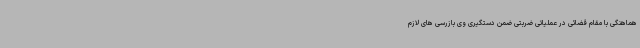
هماهنگی با مقام قضائی در عملیاتی ضربتی ضمن دستگیری وی بازرسی های لازم